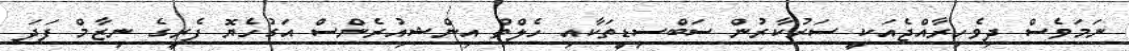
ނަމަވެސް ދިވެހިރާއްޖެއަކީ ސަރުކާރުން ސަބްސިޑީތަކާއި ހެލްތް އިންޝިއުރެންސް އަގުހެޔޮ ފެރީގެ ނިޒާމް ފަދަ